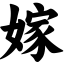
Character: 嫁